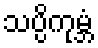
သပ္ပိကုမ္ဘံ